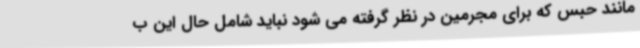
مانند حبس که برای مجرمین در نظر گرفته می شود نباید شامل حال این ب